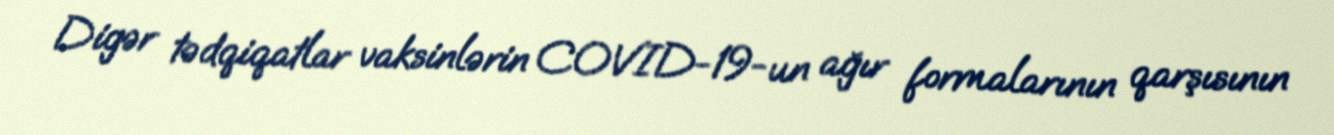
Digər tədqiqatlar vaksinlərin COVID-19-un ağır formalarının qarşısının